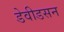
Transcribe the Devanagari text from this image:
डेवीडसन